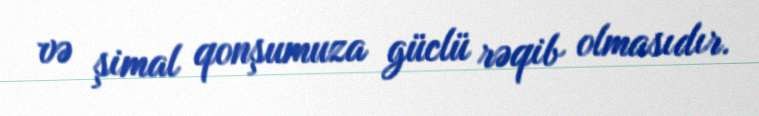
və şimal qonşumuza güclü rəqib olmasıdır.